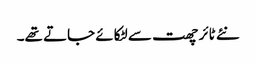
نئے ٹائر چھت سے لٹکائے جاتے تھے۔